Indian Civil Veterinary Department memoirs
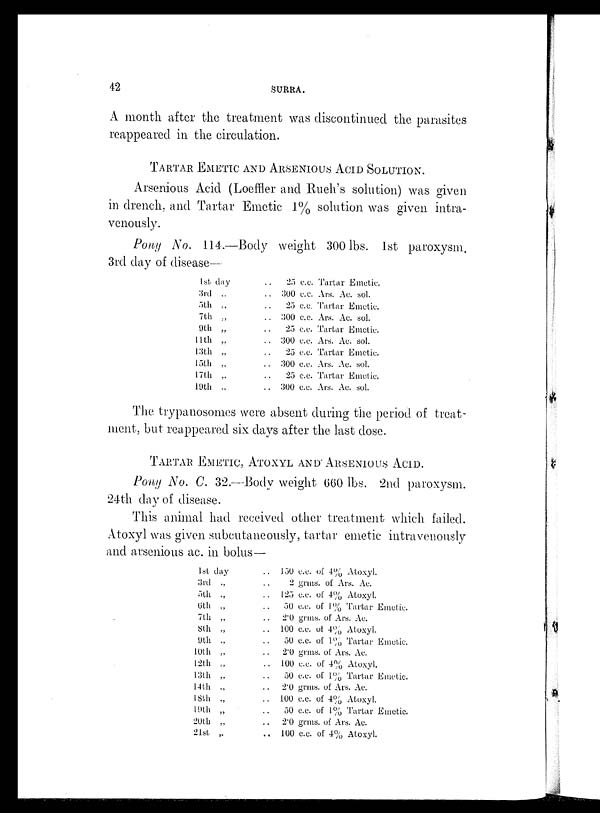
42
SURRA.
A month after the treatment was discontinued the parasites
reappeared in the circulation.
TARTAR EMETIC AND ARSENIOUS ACID SOLUTION.
Arsenious Acid (Loeffler and Rueh's solution) was given
in drench, and Tartar Emetic 1% solution was given intra-
venously.
Pony No. 114.—Body weight 300 lbs. 1st paroxysm.
3rd day of disease—
1st day ..
3rd „ ..
5th „ ..
7th „ ..
9th „ ..
11th „ ..
13th „ ..
15th „ ..
17th „ ..
19th „ ..
25 c.c. Tartar Emetic.
300 c.c. Ars. Ac. sol.
25 c.c. Tartar Emetic.
300 c.c. Ars. Ac. sol.
25 c.c. Tartar Emetic.
300 c.c. Ars. Ac. sol.
25 c.c. Tartar Emetic.
300 c.c. Ars. Ac. sol.
25 c.c. Tartar Emetic.
300 c.c. Ars. Ac. sol.
The trypanosomes were absent during the period of treat-
ment, but reappeared six days after the last dose.
TARTAR EMETIC, ATOXYL AND ARSENIOUS ACID.
Pony No. C. 32.—Body weight 660 lbs. 2nd paroxysm.
24th day of disease.
This animal had received other treatment which failed.
Atoxyl was given subcutaneously, tartar emetic intravenously
and arsenious ac. in bolus—
1st day ..
3rd „ ..
5th „ ..
6th „ ..
7th „ ..
8h „ ..
9th „ ..
10th „ ..
12th „ ..
13th „ ..
14th „ ..
18h „ ..
19th „ ..
20th „ ..
21st „ ..
150 c.c. of 4% Atoxyl.
2 grms. of Ars. Ac.
125 c.c. of 4% Atoxyl.
50 c.c. of 1% Tartar Emetic.
2.0 grms. of Ars. Ac.
100 c.c. of 4% Atoxyl.
50 c.c. of 1% Tartar Emetic.
2.0 grms. of Ars. Ac.
100 c.c. of 4% Atoxyl.
50 c.c. of 1% Tartar Emetic.
2.0 grms. of Ars. Ac.
100 c.c. of 4% Atoxyl.
50 c.c. of 1% Tartar Emetic.
2.0 grms. of Ars. Ac.
100 c.c. of 4% Atoxyl.